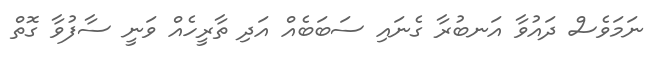
ނަމަވެސް ދައުވާ އަނބުރާ ގެނައި ސަބަބެއް އަދި ތާރީހެއް ވަނީ ސާފުވާ ގޮތް